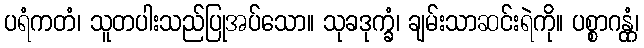
ပရံကတံ၊ သူတပါးသည်ပြုအပ်သော။ သုခဒုက္ခံ၊ ချမ်းသာဆင်းရဲကို။ ပစ္စာဂန္တုံ၊